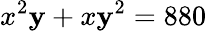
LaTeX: x^{2}\mathbf{y}+x\mathbf{y}^{2}=880